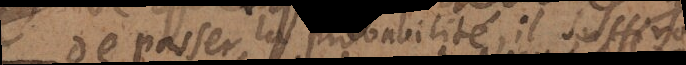
de passer la probabilité, il suffiroit